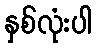
နှစ်လုံးပါ